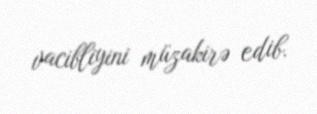
vacibliyini müzakirə edib.